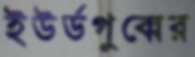
ইউর্ডগুব্বের